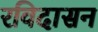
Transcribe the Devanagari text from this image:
रविदासन